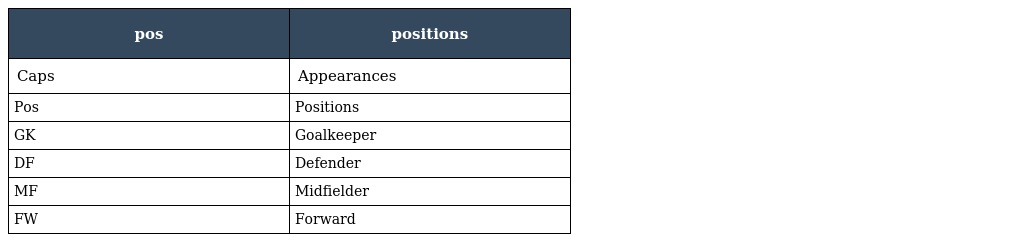
| pos | positions |
 | --- | --- |
 | Caps | Appearances |
 | Pos | Positions |
 | GK | Goalkeeper |
 | DF | Defender |
 | MF | Midfielder |
 | FW | Forward |